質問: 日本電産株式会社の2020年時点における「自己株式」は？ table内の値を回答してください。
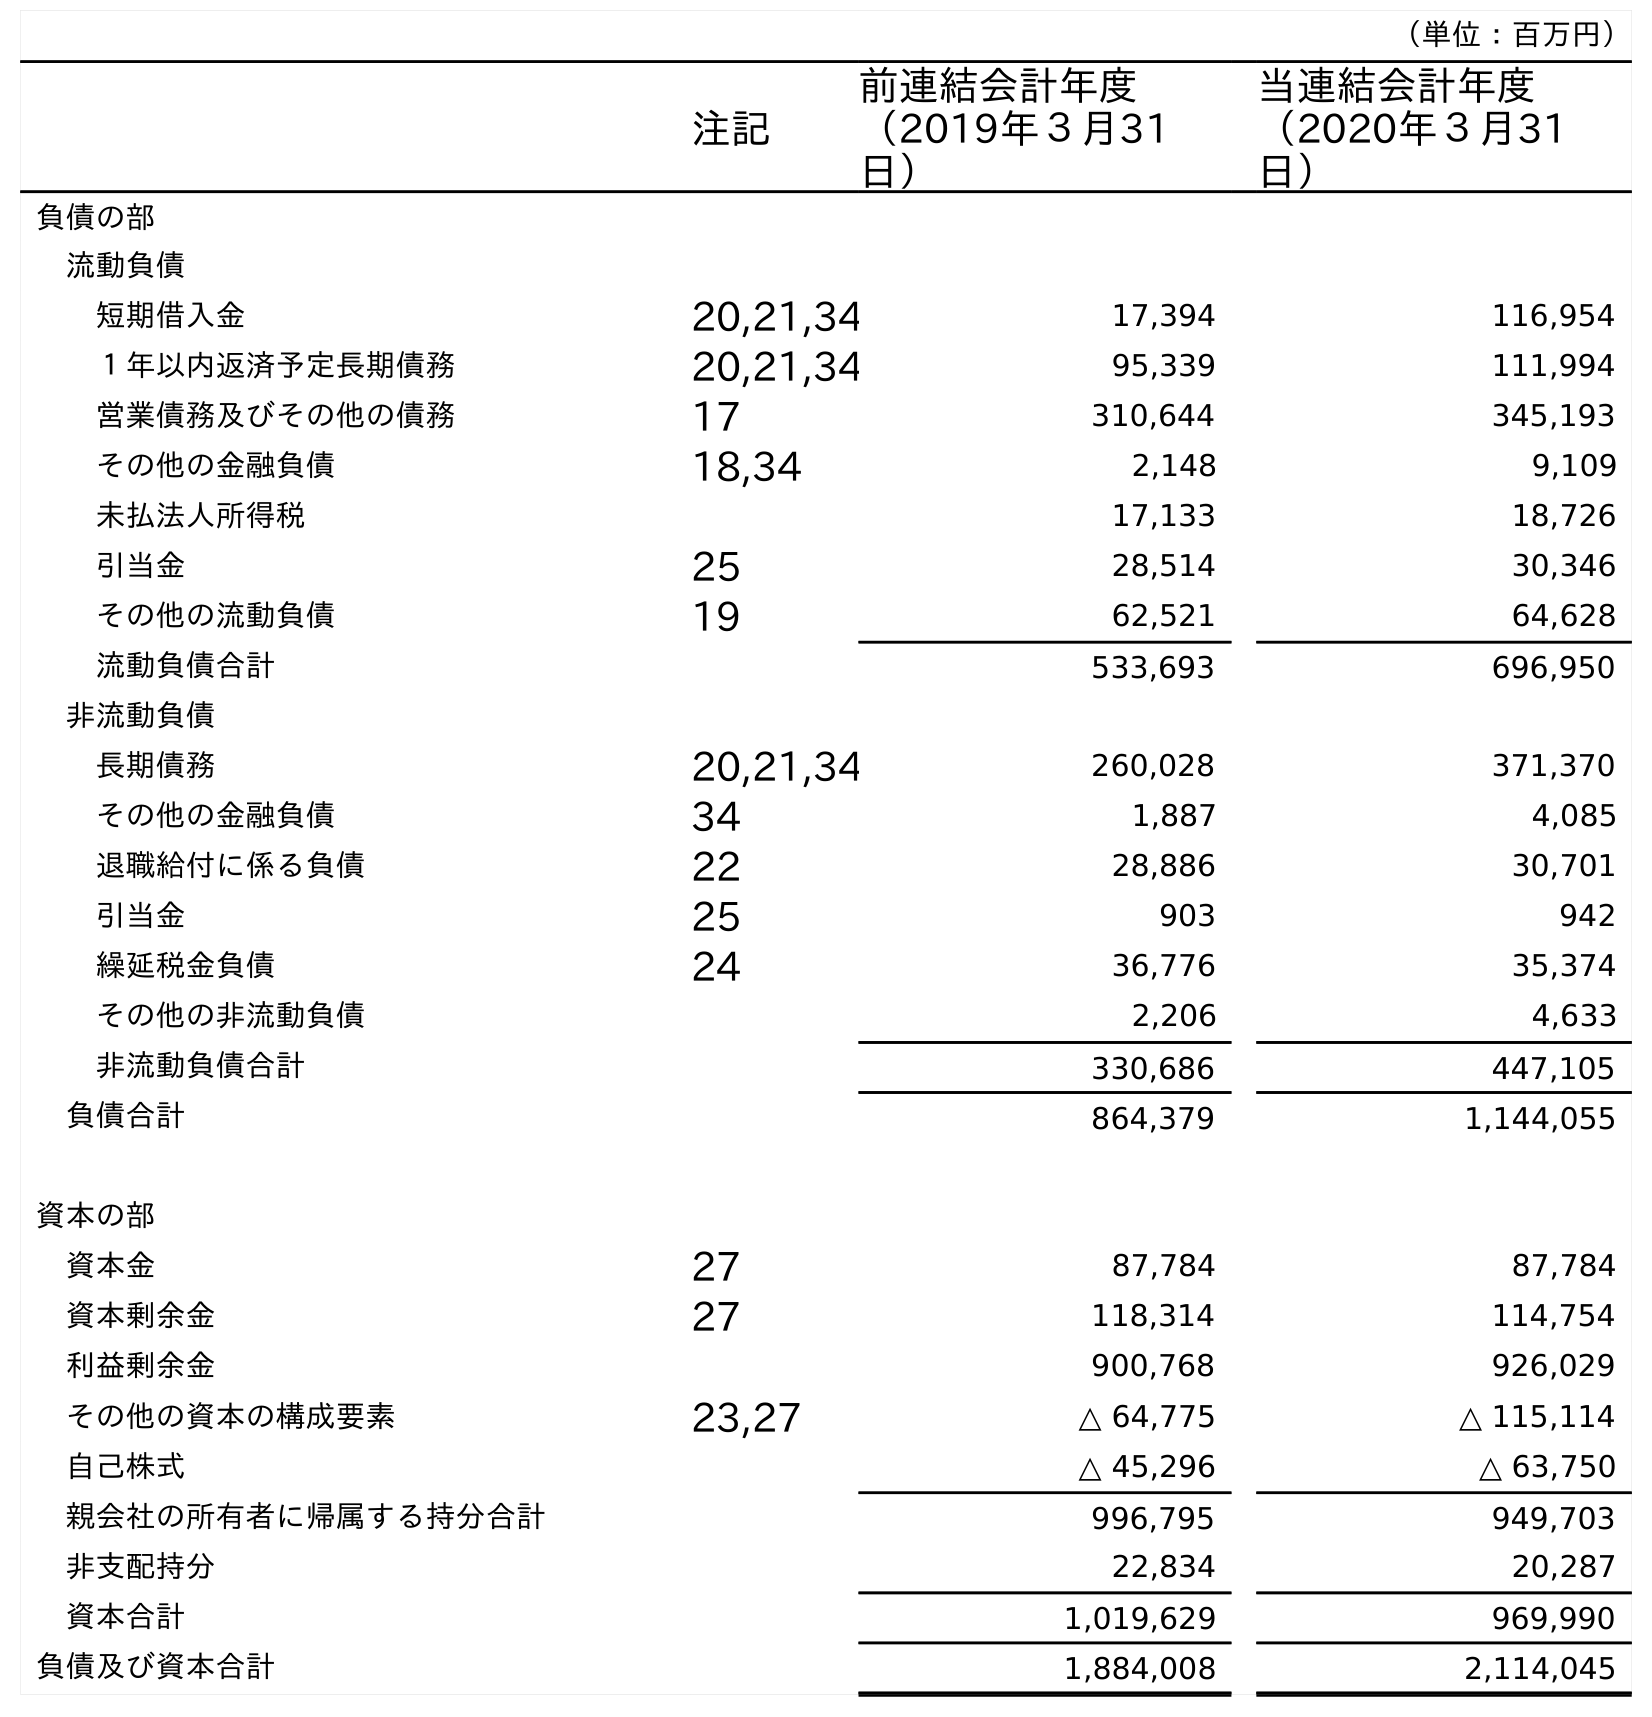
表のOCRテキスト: （単位：百万円） 注記 前連結会計年度 （2019年３月31 日） 当連結会計年度 （2020年３月31 日） 負債の部 流動負債 短期借入金 20,21,34 17,394 116,954 １年以内返済予定長期債務 20,21,34 95,339 111,994 営業債務及びその他の債務 17 310,644 345,193 その他の金融負債 18,34 2,148 9,109 未払法人所得税 17,133 18,726 引当金 25 28,514 30,346 その他の流動負債 19 62,521 64,628 流動負債合計 533,693 696,950 非流動負債 長期債務 20,21,34 260,028 371,370 その他の金融負債 34 1,887 4,085 退職給付に係る負債 22 28,886 30,701 引当金 25 903 942 繰延税金負債 24 36,776 35,374 その他の非流動負債 2,206 4,633 非流動負債合計 330,686 447,105 負債合計 864,379 1,144,055 資本の部 資本金 27 87,784 87,784 資本剰余金 27 118,314 114,754 利益剰余金 900,768 926,029 その他の資本の構成要素 23,27 △ 64,775 △ 115,114 自己株式 △ 45,296 △ 63,750 親会社の所有者に帰属する持分合計 996,795 949,703 非支配持分 22,834 20,287 資本合計 1,019,629 969,990 負債及び資本合計 1,884,008 2,114,045
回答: △63,750